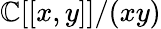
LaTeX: \mathbb{C}[[x,y]]/(xy)